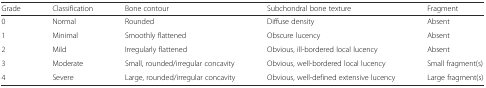
<table><thead><tr><td><b>Grade</b></td><td><b>Classification</b></td><td><b>Bone contour</b></td><td><b>Subchondral bone texture</b></td><td><b>Fragment</b></td></tr></thead><tbody><tr><td>0</td><td>Normal</td><td>Rounded</td><td>Diffuse density</td><td>Absent</td></tr><tr><td>1</td><td>Minimal</td><td>Smoothly flattened</td><td>Obscure lucency</td><td>Absent</td></tr><tr><td>2</td><td>Mild</td><td>Irregularly flattened</td><td>Obvious, ill-bordered local lucency</td><td>Absent</td></tr><tr><td>3</td><td>Moderate</td><td>Small, rounded/irregular concavity</td><td>Obvious, well-bordered local lucency</td><td>Small fragment(s)</td></tr><tr><td>4</td><td>Severe</td><td>Large, rounded/irregular concavity</td><td>Obvious, well-defined extensive lucency</td><td>Large fragment(s)</td></tr></tbody></table>